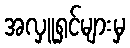
အလှူရှင်များမှ